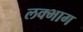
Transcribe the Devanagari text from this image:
लक्भाग